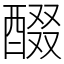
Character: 醊